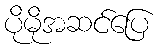
ပိုမိုအဆင်ပြေ